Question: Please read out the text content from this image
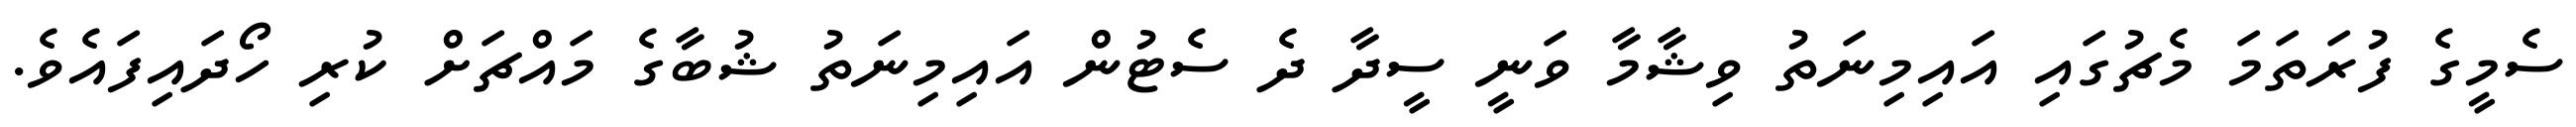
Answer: ސެމީގެ ފުރަތަމަ މެޗުގައި އައިމިނަތު ވިޝާމާ ވަނީ ސީދާ ދެ ސެޓުން އައިމިނަތު ޝުބާގެ މައްޗަށް ކުރި ހޯދައިފައެވެ.